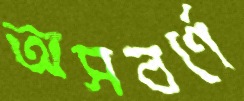
অসবর্ণে